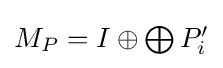
{\textstyle M_{P}=I\oplus \bigoplus P'_{i}}